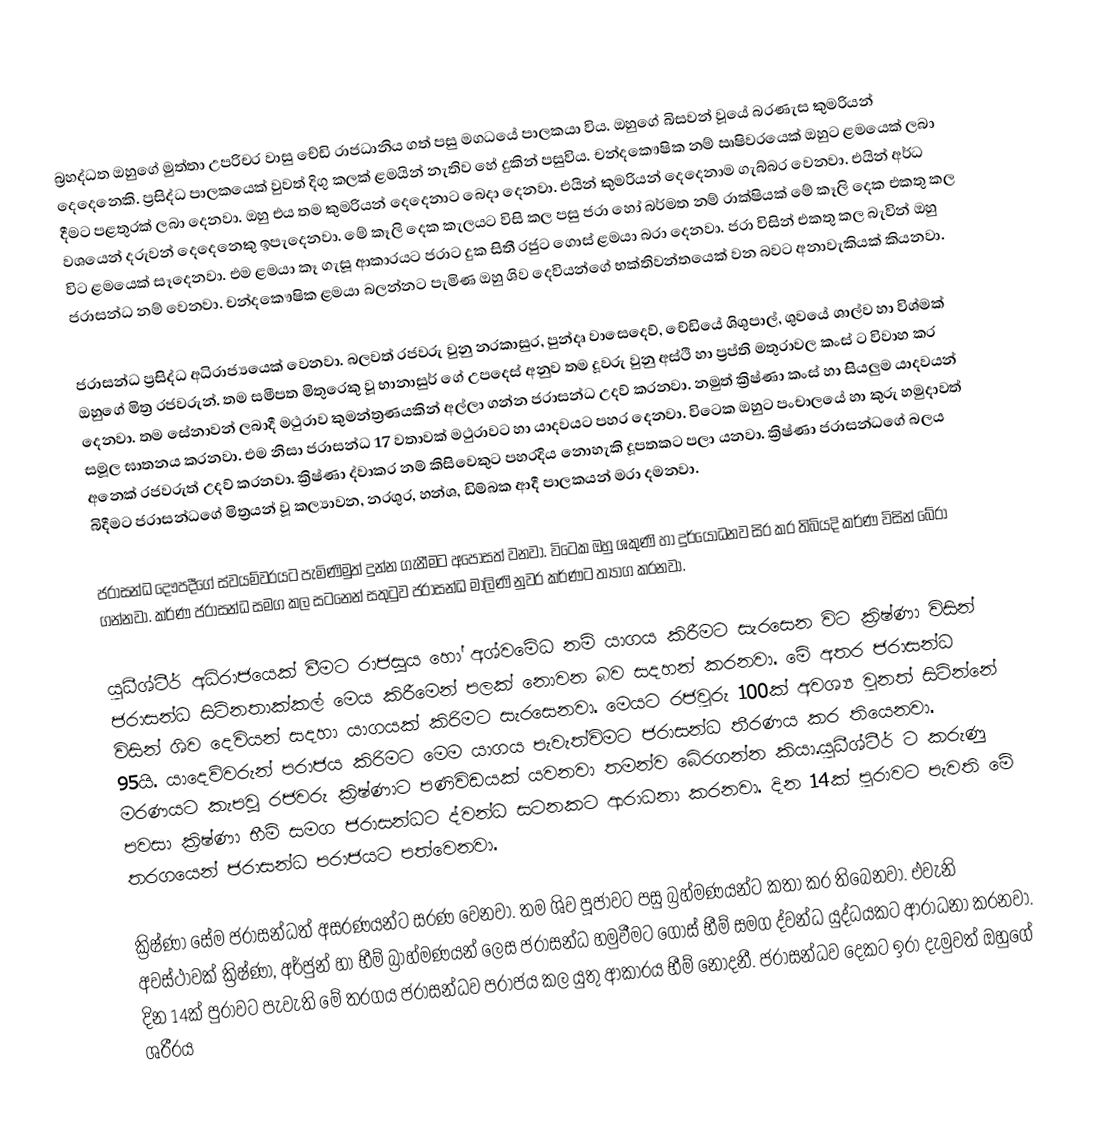
බ්‍රහද්ධත ඔහුගේ මුත්තා උපරිචර වාසු චේඩි රාජධානිය ගත් පසු මගධයේ පාලකයා විය. ඔහුගේ බිසවන් වූයේ බරණැස කුමරියන් දෙදෙනෙකි. ප්‍රසිද්ධ පාලකයෙක් වුවත් දිගු කලක් ළමයින් නැතිව හේ දුකින් පසුවිය. චන්දකෞෂික නම් ඍෂිවරයෙක් ඔහුට ළමයෙක් ලබා දීමට පළතුරක් ලබා දෙනවා. ඔහු එය තම කුමරියන් දෙදෙනාට බෙදා දෙනවා. එයින් කුමරියන් දෙදෙනාම ගැබ්බර වෙනවා. එයින් අර්ධ වශයෙන් දරුවන් දෙදෙනෙකු ඉපැදෙනවා. මේ කෑලි දෙක කැලයට විසි කල පසු ජරා හෝ බර්මත නම් රාක්ෂියක් මේ කෑලි දෙක එකතු කල විට ළමයෙක් සෑදෙනවා. එම ළමයා කෑ ගැසූ ආකාරයට ජරාට දුක සිතී රජුට ගොස් ළමයා බරා දෙනවා. ජරා විසින් එකතු කල බැවින් ඔහු ජරාසන්ධ නම් වෙනවා. චන්දකෞෂික ළමයා බලන්නට පැමිණ ඔහු ශිව දෙවියන්ගේ භක්තිවන්තයෙක් වන බවට අනාවැකියක් කියනවා.

ජරාසන්ධ ප්‍රසිද්ධ අධිරාජ්‍යයෙක් වෙනවා. බලවත් රජවරු වුනු නරකාසුර, පුන්දෘ වාසෙදෙව්, චේඩියේ ශිශුපාල්, ශුවයේ ශාල්ව හා විශ්මක් ඔහුගේ මිත්‍ර රජවරුන්. තම සමීපත මිතුරෙකු වූ භානාසුර් ගේ  උපදෙස් අනුව තම දූවරු වුනු අස්ථි හා ප්‍රප්ති මතුරාවල කංස් ට විවාහ කර දෙනවා. තම සේනාවන් ලබාදී මථුරාව කුමන්ත්‍රණයකින් අල්ලා ගන්න ජරාසන්ධ උදව් කරනවා. නමුත් ක්‍රිෂ්ණා කංස්  හා සියලුම යාදවයන් සමූල ඝාතනය කරනවා. එම නිසා ජරාසන්ධ 17 වතාවක් මථුරාවට හා යාදවයට පහර දෙනවා. විටෙක ඔහුට පංචාලයේ හා කුරු හමුදාවත් අනෙක් රජවරුත් උදව් කරනවා. ක්‍රිෂ්ණා ද්වාකර නම් කිසිවෙකුට පහරදිය නොහැකි දූපතකට පලා  යනවා. ක්‍රිෂ්ණා ජරාසන්ධගේ බලය බිදීමට ජරාසන්ධගේ මිත්‍රයන් වූ කල්‍යාවන, නරශුර, හන්ශ, ඩිම්බක ආදී පාලකයන් මරා දමනවා.

ජරාසන්ධ දෞපදීගේ ස්වයම්වරයට පැමිණිමුත් දුන්න ගැනීමට අපෝසත් වනවා. විටෙක ඔහු ශකුණි හා දුර්යෝධනව සිර කර තිබියදි කර්ණ විසින් බේරා ගන්නවා. කර්ණ ජරාසන්ධ සමග කල සටනෙන් සතුටුව ජරාසන්ධ මාලිණි නුවර කර්ණට ත්‍යාග කරනවා.

යුධීශ්ටීර් අධිරාජයෙක් වීමට රාජසූය හෝ අශ්වමේධ නම් යාගය කිරීමට සැරසෙන විට ක්‍රිෂ්ණා විසින් ජරාසන්ධ සිටිනතාක්කල් මෙය කිරීමෙන් පලක් නොවන බව සදහන් කරනවා. මේ අතර ජරාසන්ධ විසින් ශිව දෙවියන් සදහා යාගයක් කිරිමට සැරසෙනවා. මෙයට රජවුරු 100ක් අවශ්‍ය වුනත් සිටින්නේ 95යි. යාදෙව්වරුන් පරාජය කිරිමට මෙම යාගය පැවැත්විමට ජරාසන්ධ තීරණය කර තියෙනවා. මරණයට කැපවූ රජවරු ක්‍රිෂ්ණාට පණිවිඩයක් යවනවා තමන්ව බේරගන්න කියා.යුධීශ්ටීර් ට කරුණු පවසා ක්‍රිෂ්ණා භීම්  සමග ජරාසන්ධට ද්වන්ධ සටනකට ආරාධනා කරනවා. දින 14ක් පුරාවට පැවති මේ තරගයෙන් ජරාසන්ධ පරාජයට පත්වෙනවා.

ක්‍රිෂ්ණා සේම  ජරාසන්ධත් අසරණයන්ට සරණ වෙනවා. තම ශිව පූජාවට පසු බ්‍රහ්මණයන්ට කතා කර තිබෙනවා. එවැනි අවස්ථාවක් ක්‍රිෂ්ණා, අර්ජුන් හා භීම් බ්‍රාහ්මණයන් ලෙස ජරාසන්ධ හමුවීමට ගොස් භීම්  සමග ද්වන්ධ යුද්ධයකට ආරාධනා කරනවා. දින 14ක් පුරාවට පැවැති මේ තරගය ජරාසන්ධව පරාජය කල යුතු ආකාරය භීම් නොදනී. ජරාසන්ධව දෙකට ඉරා දැමුවත් ඔහුගේ ශරීරය